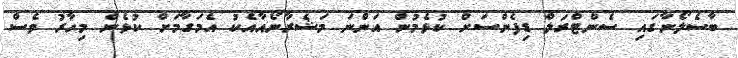
ބާސެލޯނާގައި ސެންޓްރަލް ޑިފެންސަށް ކުޅެމުން އަންނަ މަޝެރާނޯއާއެކު އެމަގާމަށް ކުޅެން މިހާރު ވެސް